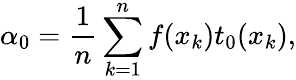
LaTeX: \alpha_{0}=\frac{1}{n}\sum_{k=1}^{n}f(x_{k})t_{0}(x_{k}),